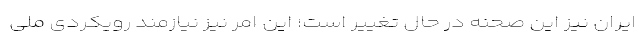
ایران نیز این صحنه در حال تغییر است؛ این امر نیز نیازمند رویکردی ملّی